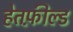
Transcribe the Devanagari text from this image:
हेतफ़ील्ड